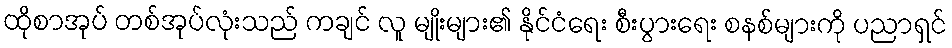
ထိုစာအုပ် တစ်အုပ်လုံးသည် ကချင် လူ မျိုးများ၏ နိုင်ငံရေး စီးပွားရေး စနစ်များကို ပညာရှင်